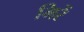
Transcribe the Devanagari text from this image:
मिरें